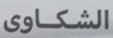
الشكاوي